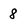
Character: 8